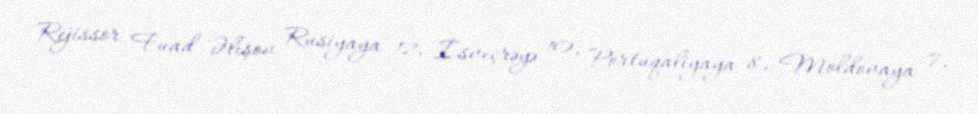
Rejissor Fuad Əlişov Rusiyaya 12, İsveçrəyə 10, Portuqaliyaya 8, Moldovaya 7,